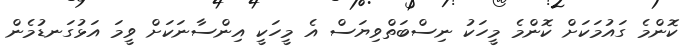
ކޮންމެ ގައުމަކަށް ކޮންމެ މީހަކު ނިސްބަތްވިޔަސް އެ މީހަކީ އިންސާނަކަށް ވީމަ އަޅުގަނޑުމެން